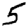
Digit: 5